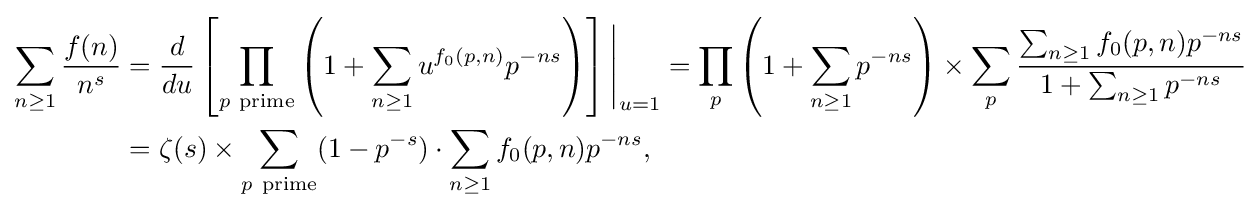
{\begin{aligned}\sum _{n\geq 1}{\frac {f(n)}{n^{s}}}&={\frac {d}{du}}\left[\prod _{p\mathrm {\ prime} }\left(1+\sum _{n\geq 1}u^{f_{0}(p,n)}p^{-ns}\right)\right]{\Biggr |}_{u=1}=\prod _{p}\left(1+\sum _{n\geq 1}p^{-ns}\right)\times \sum _{p}{\frac {\sum _{n\geq 1}f_{0}(p,n)p^{-ns}}{1+\sum _{n\geq 1}p^{-ns}}}\\&=\zeta (s)\times \sum _{p\mathrm {\ prime} }(1-p^{-s})\cdot \sum _{n\geq 1}f_{0}(p,n)p^{-ns},\end{aligned}}